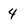
Character: 4